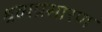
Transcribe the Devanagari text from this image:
श्रव्यप्रसारण